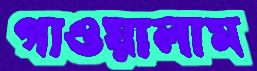
গাওয়ালাম